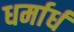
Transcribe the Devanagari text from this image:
धर्मार्ध